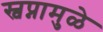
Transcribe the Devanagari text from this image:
स्वप्नामुळे